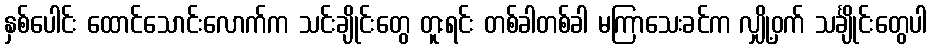
နှစ်ပေါင်း ထောင်သောင်းလောက်က သင်းချိုင်းတွေ တူးရင်း တစ်ခါတစ်ခါ မကြာသေးခင်က လျှို့ဝှက် သင်္ချိုင်းတွေပါ